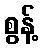
စွန့်